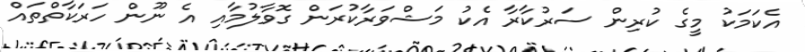
އެކަމަކު މީގެ ކުރިން ސަރުކާރާ އެކު މަޝްވަރާކުރަން ގޮވާލުމާއި އެ ނޫން ހަރަކާތްތައް